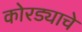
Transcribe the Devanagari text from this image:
कोरड्याचे